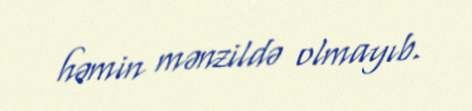
həmin mənzildə olmayıb.